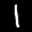
Label: 1